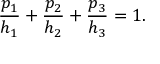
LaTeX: { \frac { p _ { 1 } } { h _ { 1 } } } + { \frac { p _ { 2 } } { h _ { 2 } } } + { \frac { p _ { 3 } } { h _ { 3 } } } = 1 .